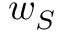
w _ { S }